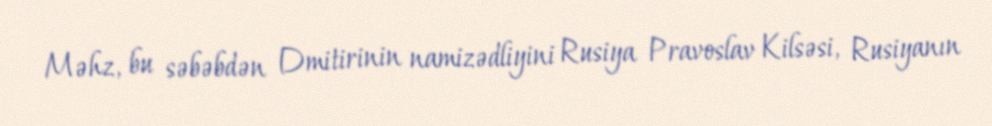
Məhz, bu səbəbdən Dmitirinin namizədliyini Rusiya Pravoslav Kilsəsi, Rusiyanın